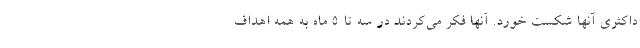
داکثری آنها شکست خورد. آنها فکر می‌کردند در سه تا ۵ ماه به همه اهداف